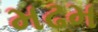
મઢમ